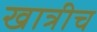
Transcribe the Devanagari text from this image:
खात्रीच